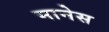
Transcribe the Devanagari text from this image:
मानेस